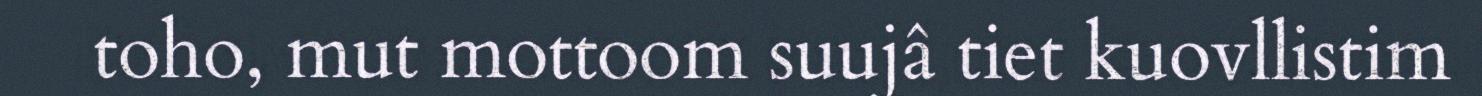
toho, mut mottoom suujâ tiet kuovllistim